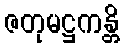
ဇတုမဋ္ဌကန္တိ